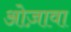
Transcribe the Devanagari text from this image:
ओज़ावा